65_HS1-834228961_62-HQ-83894_Section_6
Agency: FBI
Page 135
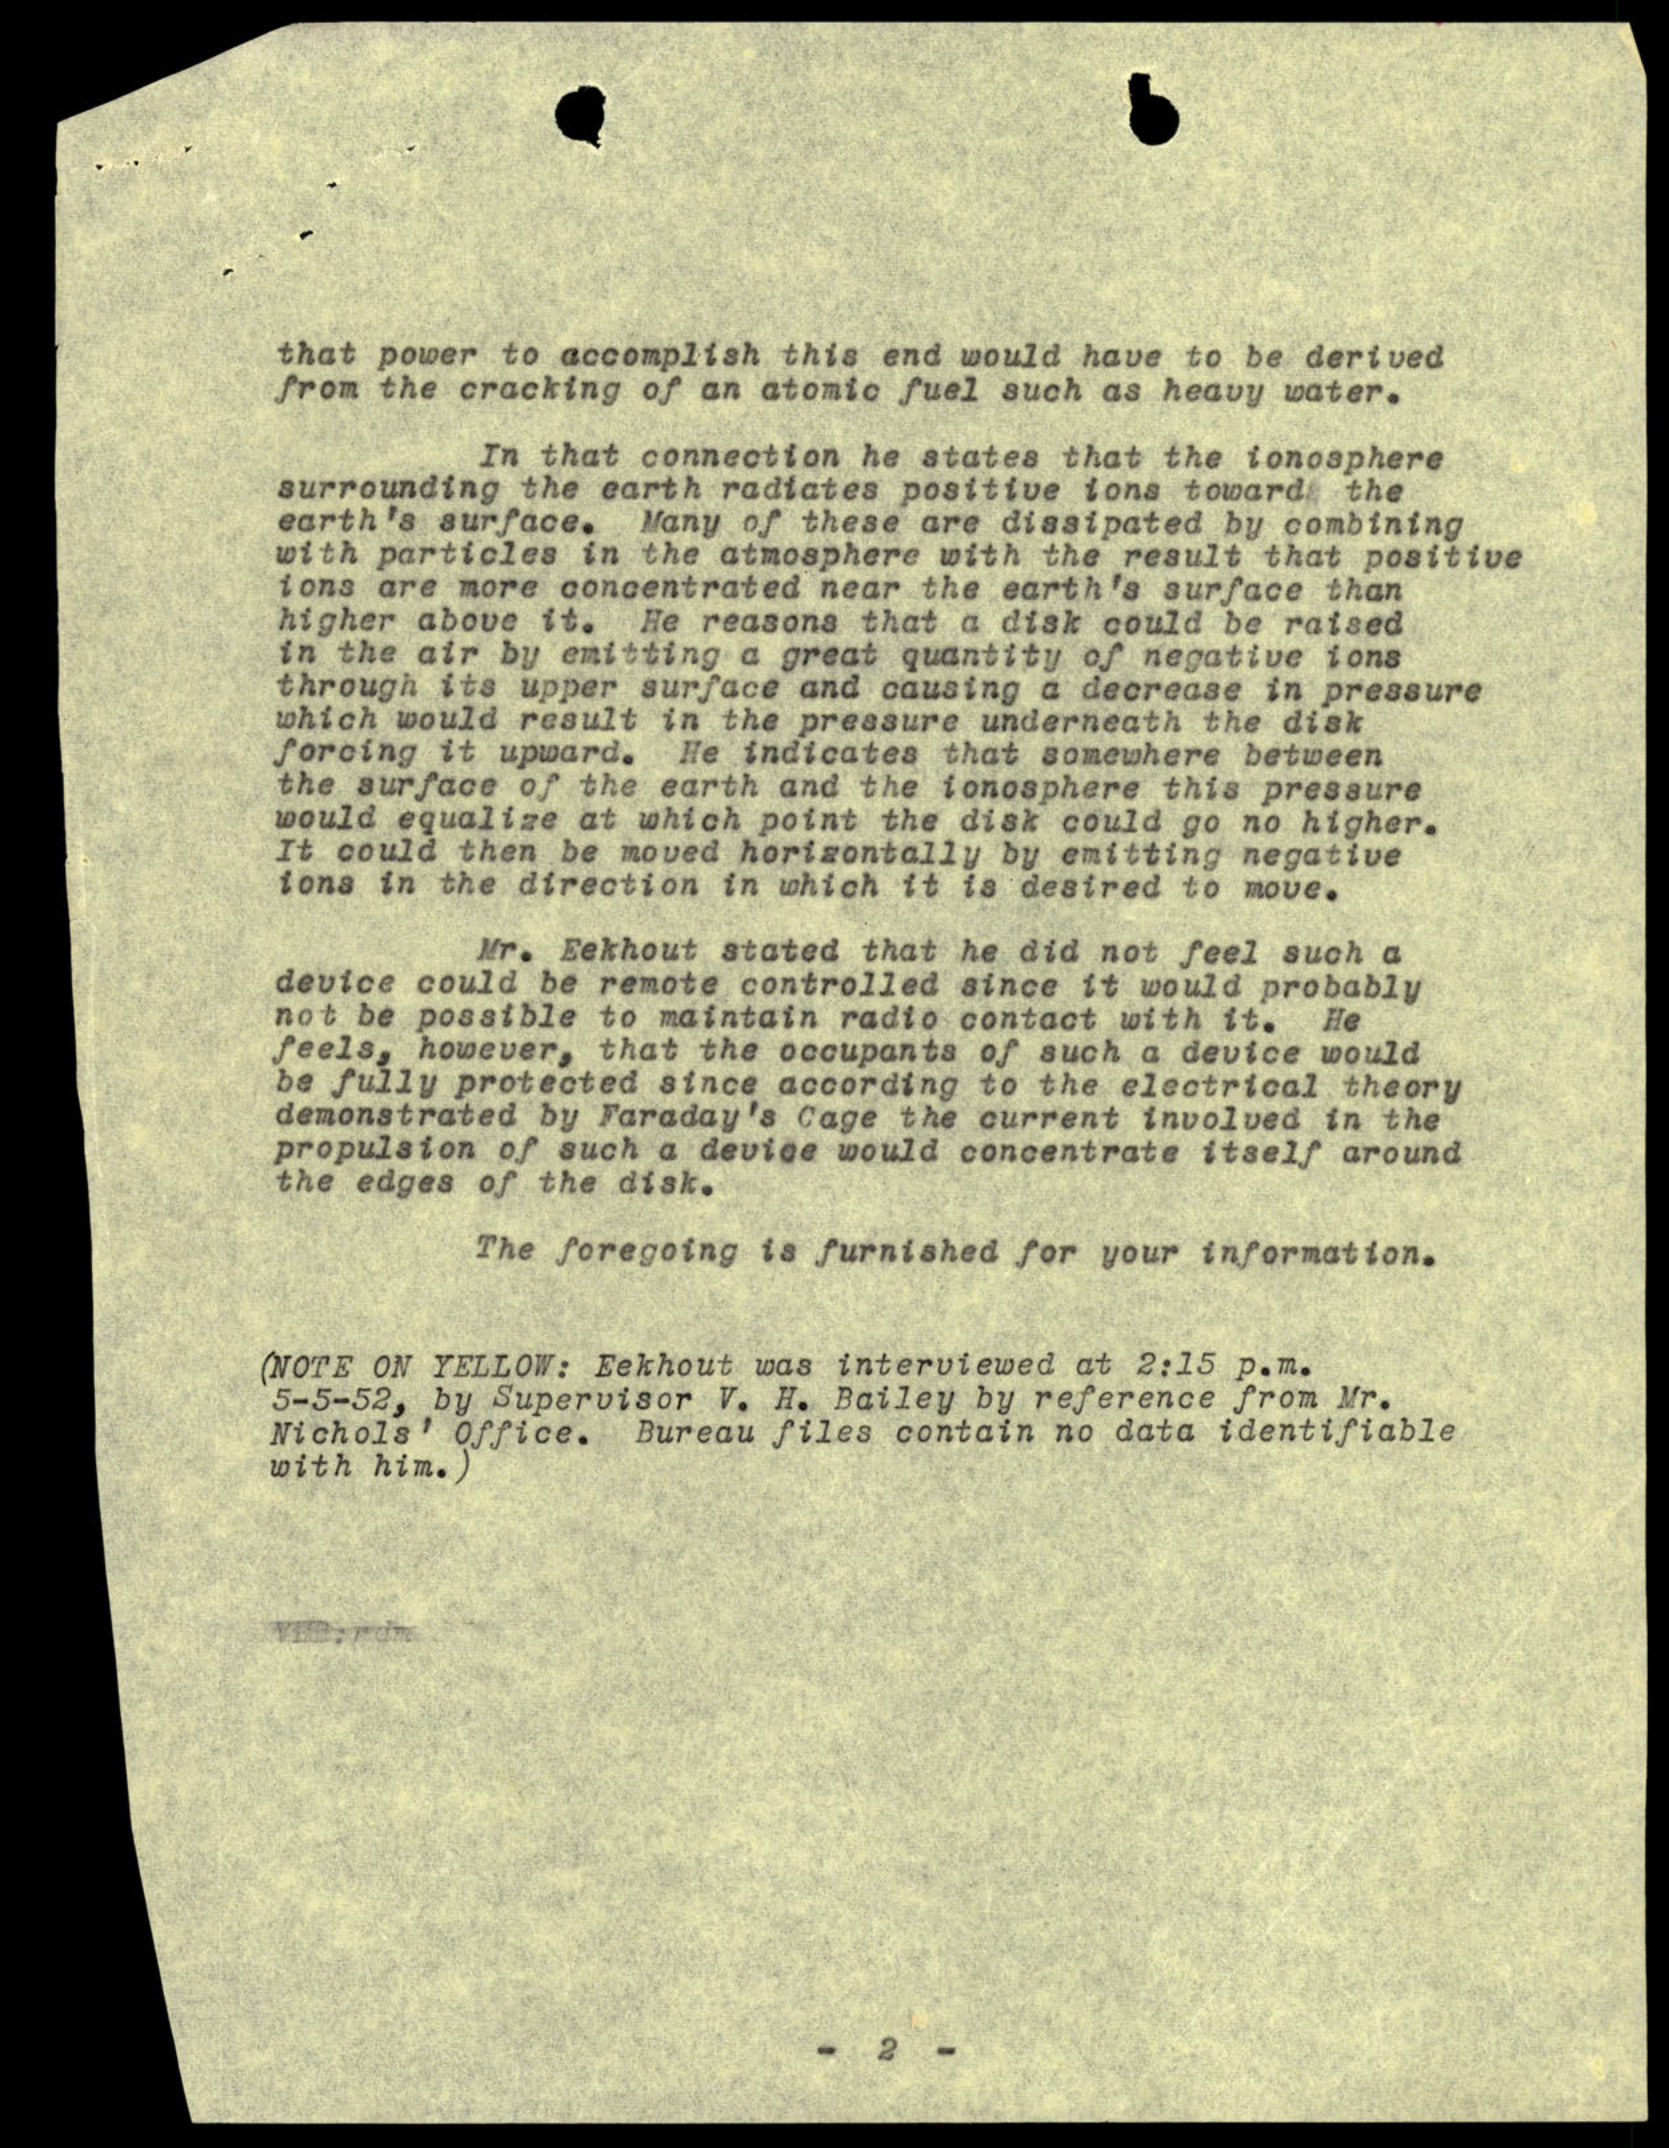